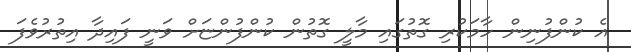
އެ ކުންފުނިން ހާމަކުރި ގޮތުގައި މާލީ ގޮތުން ކުންފުންޏަށް ވަނީ ފައިދާ އިތުރުވެފަ